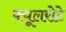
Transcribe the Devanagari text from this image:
फ्यूलरोटे